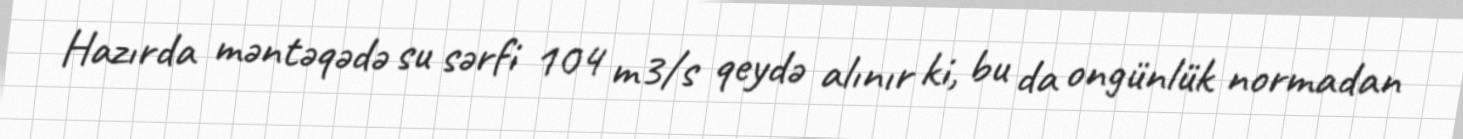
Hazırda məntəqədə su sərfi 104 m3/s qeydə alınır ki, bu da ongünlük normadan